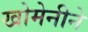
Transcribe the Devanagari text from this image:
खोमेनीने